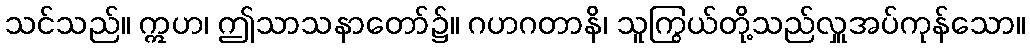
သင်သည်။ ဣဟ၊ ဤသာသနာတော်၌။ ဂဟဂတာနိ၊ သူကြွယ်တို့သည်လှူအပ်ကုန်သော။